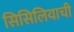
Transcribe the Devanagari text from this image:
सिसिलियाची